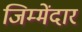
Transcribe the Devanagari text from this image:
जिम्मेंदार